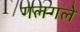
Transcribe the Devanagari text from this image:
गलगले